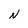
Character: N